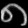
Digit: ၈